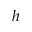
h